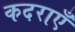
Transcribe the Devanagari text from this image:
कदराएँ